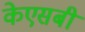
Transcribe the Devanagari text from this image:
केएसबी